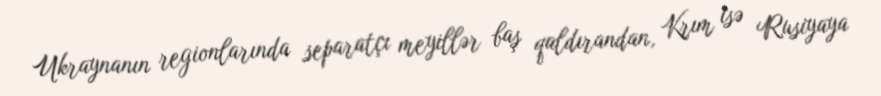
Ukraynanın regionlarında separatçı meyillər baş qaldırandan, Krım isə Rusiyaya